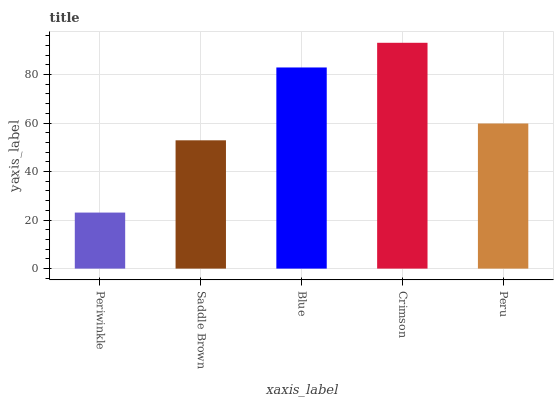
| xaxis_label | bars |
 | --- | --- |
 | Periwinkle | 23.1 |
 | Saddle Brown | 52.9 |
 | Blue | 82.9 |
 | Crimson | 93.1 |
 | Peru | 59.8 |